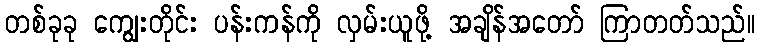
တစ်ခုခု ကျွေးတိုင်း ပန်းကန်ကို လှမ်းယူဖို့ အချိန်အတော် ကြာတတ်သည်။